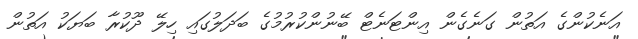
އަނެކުންގެ އަތުން ގަނެގެން އިންޓަނެޓް ބޭނުންކުރުމުގެ ބަދަލުގައި ހިލޭ ދޫކުރާ ބަޔަކު އަތުން